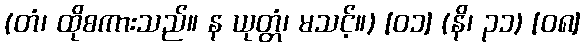
(တံ၊ ထိုစကားသည်။ န ယုတ္တံ၊ မသင့်။) [၀၁] (နိ၊ ၃၁) [၀၈]